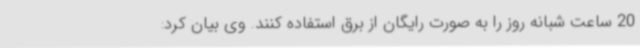
20 ساعت شبانه روز را به صورت رایگان از برق استفاده کنند. وی بیان کرد: